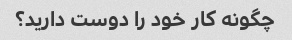
چگونه کار خود را دوست دارید؟